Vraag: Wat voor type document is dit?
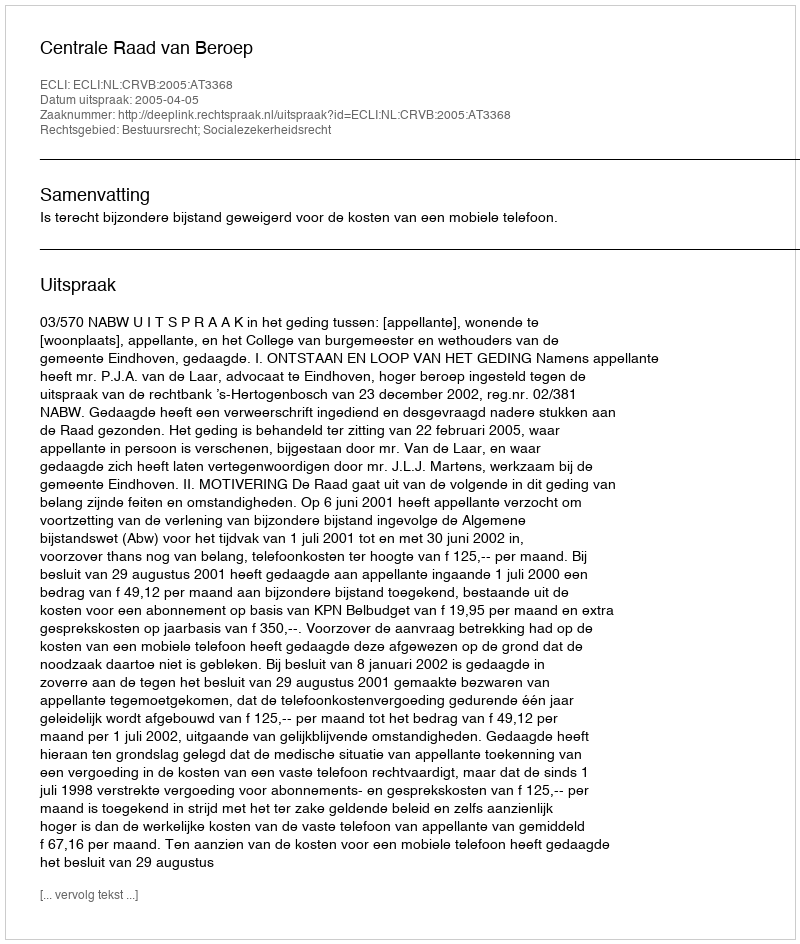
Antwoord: Uitspraak